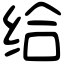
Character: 给